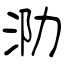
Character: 泐